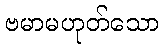
ဗမာမဟုတ်သော